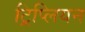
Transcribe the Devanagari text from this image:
ट्रिप्लियन